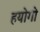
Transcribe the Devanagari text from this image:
हयोगो